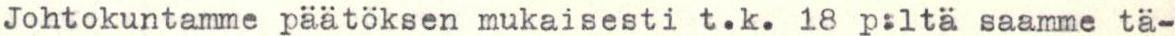
Johtokuntamme päätoksen mukaisesti t.k. 18 p:ltä saamme tä-